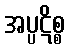
အပ္ပဋိစ္စ